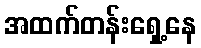
အထက်တန်းရှေ့နေ